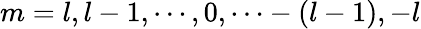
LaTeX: m=l,l-1,\cdots,0,\cdots-(l-1),-l